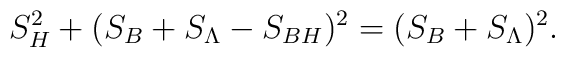
S^2_H+(S_B+S_{\Lambda}-S_{BH})^2=(S_B+S_{\Lambda})^2.